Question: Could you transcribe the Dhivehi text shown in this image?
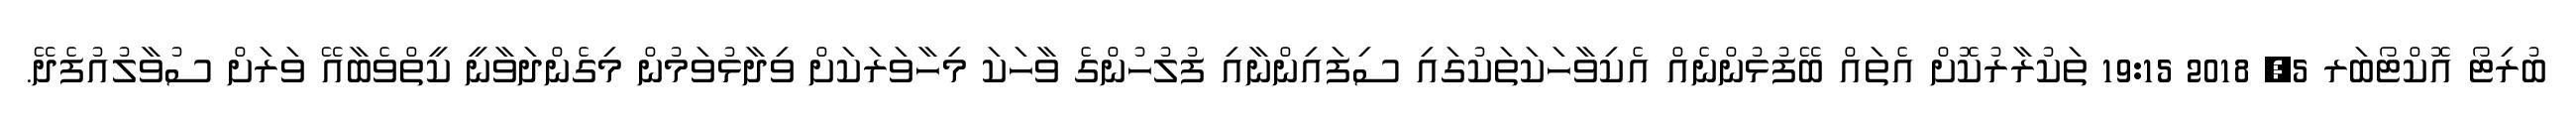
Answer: ބުރިޓޯ އޮކްޓޯބަރ 5, 2018 19:15 ތަކުރާރުކޮށް އެތައް ބޭފުޅުންނެއް އެކިވާހަކަތަކުގައި ސިފައިންނާއި ފުލުހުންގެ ވާހަކަ މިހާވަރަކަށް ވިދާޅުވަމުން މިގެންދަވާނީ ކީތްވެބާއޭ ވަރަށް ސުވާލުއުފެދޭ.